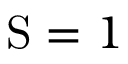
\mathrm { S } = 1